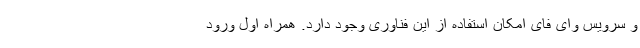
و سرویس وای فای امکان استفاده از این فناوری وجود دارد. همراه اول ورود